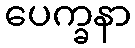
ပေက္ခနာ